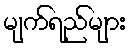
မျက်ရည်များ